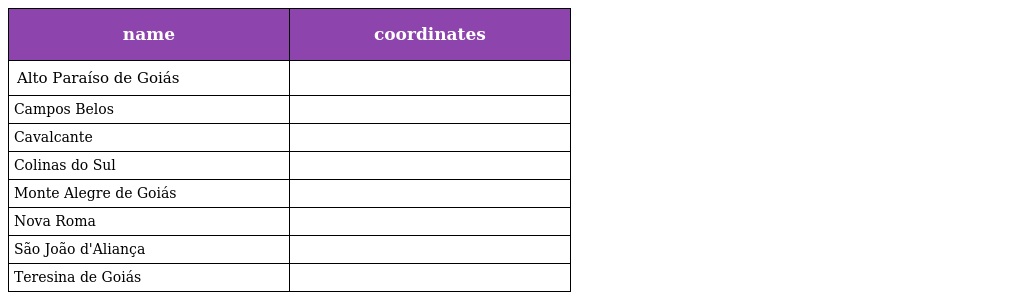
| name | coordinates |
 | --- | --- |
 | Alto Paraíso de Goiás |  |
 | Campos Belos |  |
 | Cavalcante |  |
 | Colinas do Sul |  |
 | Monte Alegre de Goiás |  |
 | Nova Roma |  |
 | São João d'Aliança |  |
 | Teresina de Goiás |  |